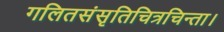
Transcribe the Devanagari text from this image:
गलितसंसृतिचित्रचिन्ता।